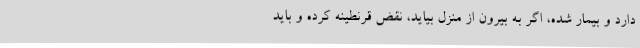
دارد و بیمار شده، اگر به بیرون از منزل بیاید، نقض قرنطینه کرده و باید